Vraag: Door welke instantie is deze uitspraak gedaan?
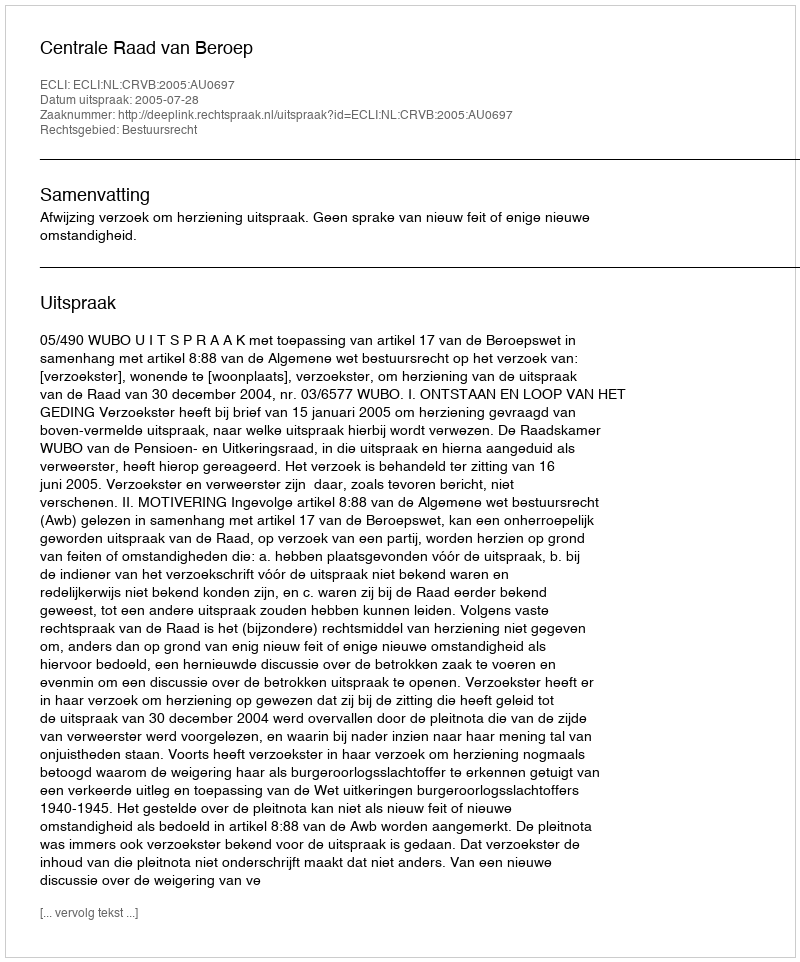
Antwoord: Centrale Raad van Beroep